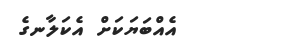
އެއްބަޔަކަށް އެކަލާނގެ